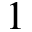
1 \r A